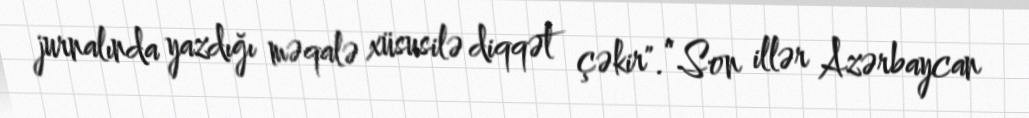
jurnalında yazdığı məqalə xüsusilə diqqət çəkir".“Son illər Azərbaycan